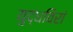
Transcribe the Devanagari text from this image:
युद्धविरां